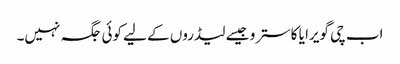
اب چی گویرا یا کاسترو جیسے لیڈروں کے لیے کوئی جگہ نہیں۔